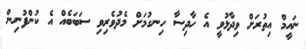
ނައީމް އިތުރަށް ވިދާޅުވީ އެ ހާދިސާ ހިނގުމަށް މެދުވެރިވި ސަބަބެއް އެ ކުންފުނިން